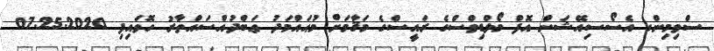
ސްވިމިންގ އެސޯސިއޭޝަން އޮފް މޯލްޑިވްސްގެ ރައީސްގެ މަޤާމަށް މުޙައްމަދު ޢަބްދުއްސައްތާރު ހޮވައިފި 07.25.2020